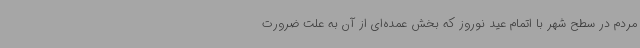
مردم در سطح شهر با اتمام عید نوروز که بخش عمده‌ای از آن به علت ضرورت